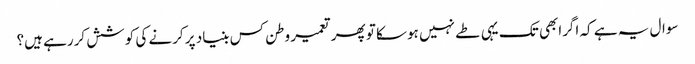
سوال یہ ہے کہ اگرابھی تک یہی طے نہیں ہوسکا تو پھر تعمیر وطن کس بنیاد پر کرنے کی کوشش کررہے ہیں؟